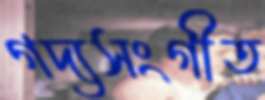
গদ্যসংগীত